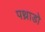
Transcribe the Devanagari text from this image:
पथ्राडो